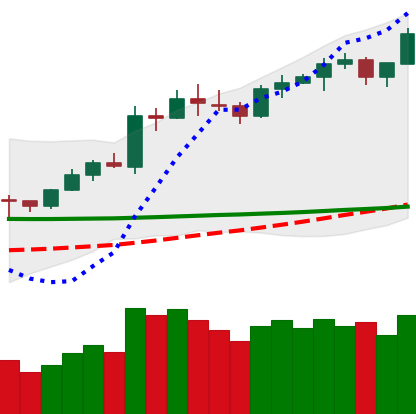
Ticker: LTC-USD
Chart end date: 2020-02-12
Forward return: -9.897%
Label: down_7plus